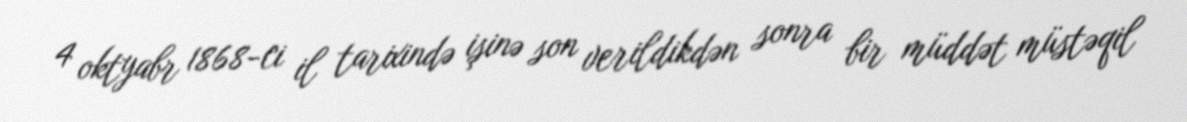
4 oktyabr 1868-ci il tarixində işinə son verildikdən sonra bir müddət müstəqil